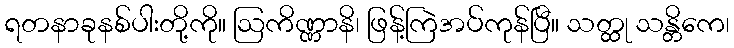
ရတနာခုနစ်ပါးတို့ကို။ ဩကိဏ္ဏာနိ၊ ဖြန့်ကြဲအပ်ကုန်ပြီ။ သတ္ထု သန္တိကေ၊